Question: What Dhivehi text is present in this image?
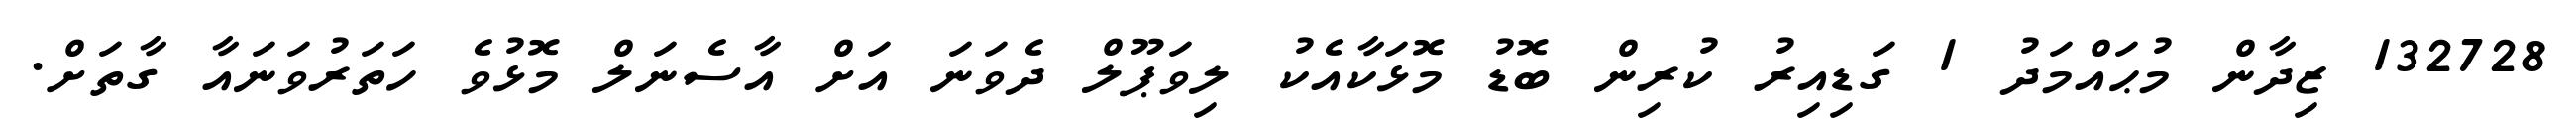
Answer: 132728 ޒިދާން މުޙައްމަދު 1 ގަޑިއިރު ކުރިން ބޮޑު މޮޅަކާއެކު ލިވަޕޫލް ދެވަނަ އަށް އާސެނަލް މޮޅުވެ ހަތަރުވަނައާ ގާތަށް.